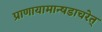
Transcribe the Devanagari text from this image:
प्राणायामान्षडाचरेत्